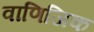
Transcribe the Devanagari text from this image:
वाणिजिक